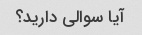
آیا سوالی دارید؟